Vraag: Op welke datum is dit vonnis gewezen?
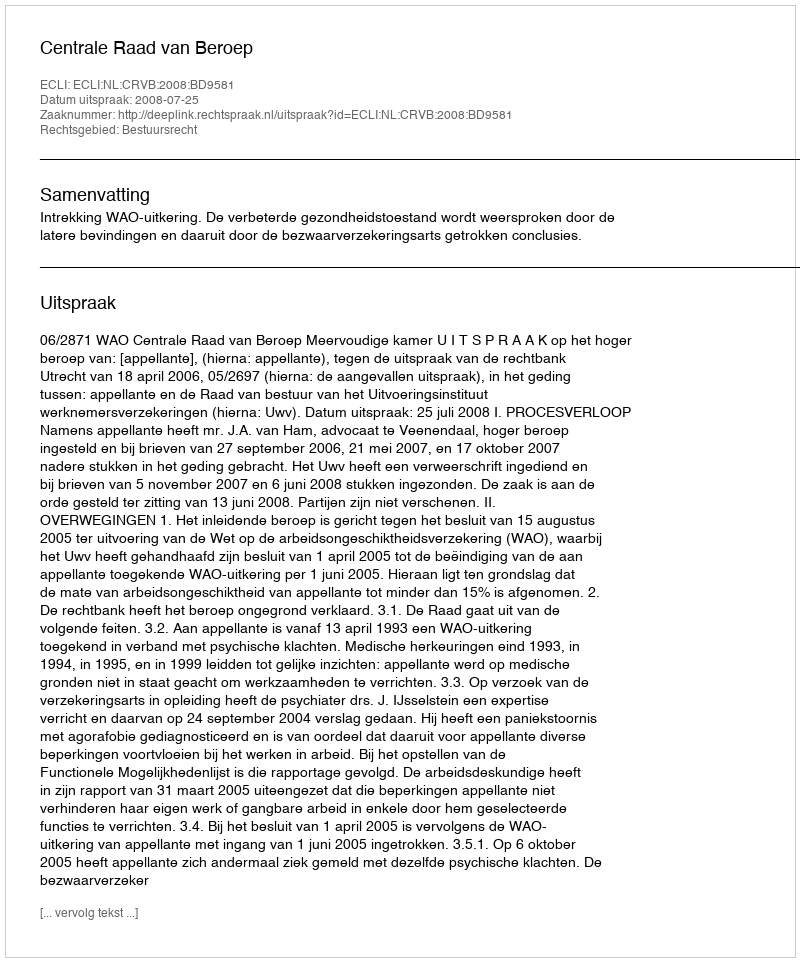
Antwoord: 2008-07-25